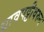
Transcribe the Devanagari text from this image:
धावपट्टीवरुन